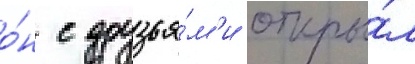
о́н с друзья́м'и откры́л